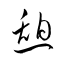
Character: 憇